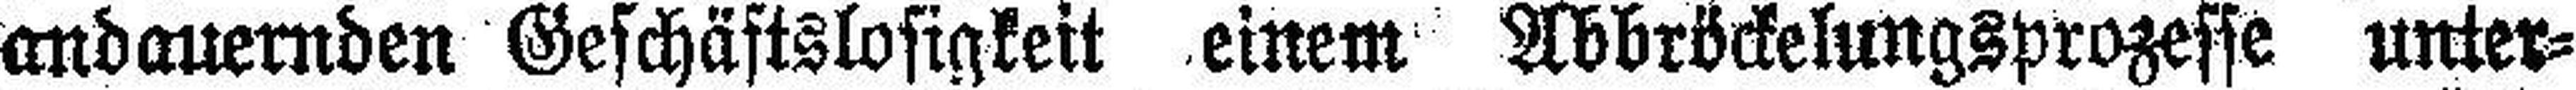
andauernden Geschäftslosigkeit einem Abbröckelungsprozesse unter¬